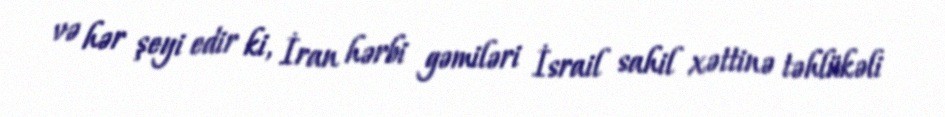
və hər şeyi edir ki, İran hərbi gəmiləri İsrail sahil xəttinə təhlükəli